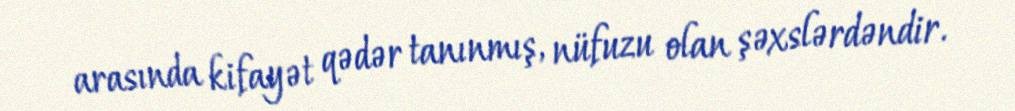
arasında kifayət qədər tanınmış, nüfuzu olan şəxslərdəndir.